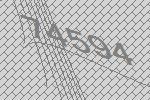
74594